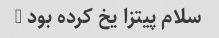
سلام پیتزا یخ کرده بود …